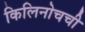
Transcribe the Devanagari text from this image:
किलिनोचची